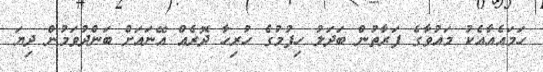
ހަމައެއާއެކު މައުވާގެ ފަރާތުން ބަދަލު ހިފުމުގެ ހުރިހާ ދޮރެއް އޭނައަށް ބަންދުވަމުން ދިޔަ